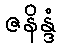
ဇနိန္ဒံ